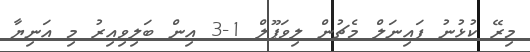
މިރޭ ކުޅުނު ފައިނަލް މެޗުން ލިވަޕޫލް 1-3 އިން ބަލިވިއިރު މި އަނިޔާ